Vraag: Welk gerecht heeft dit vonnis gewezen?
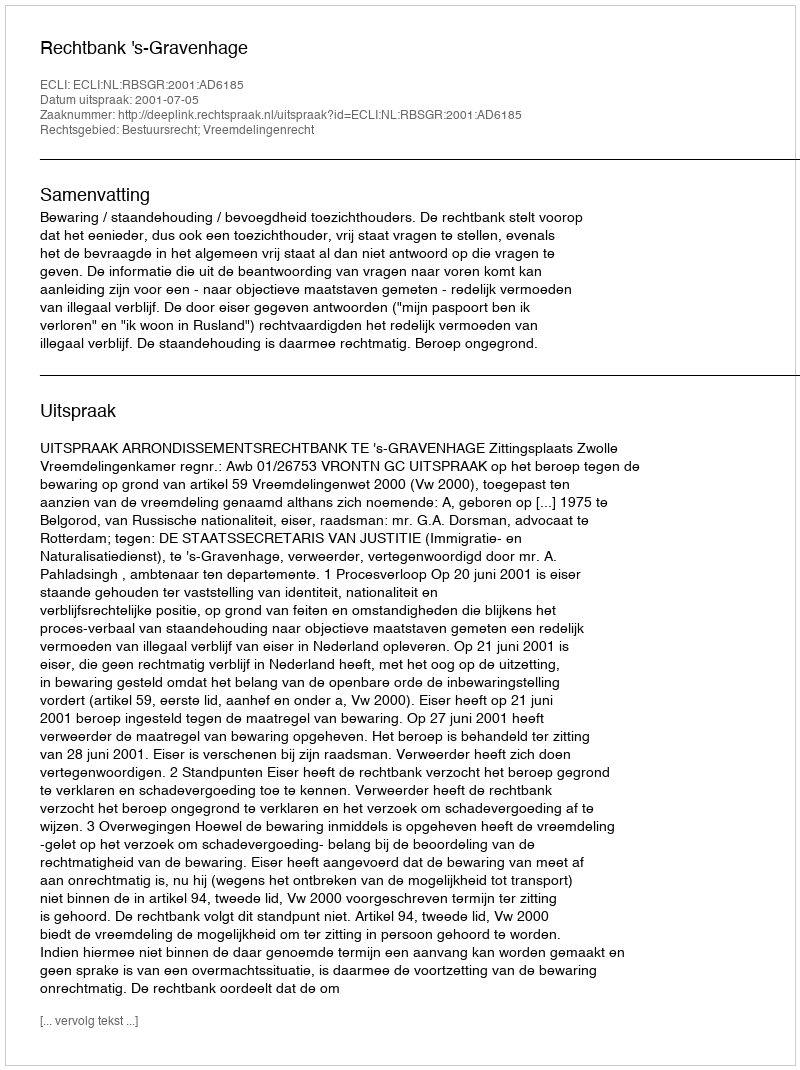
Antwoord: Rechtbank 's-Gravenhage